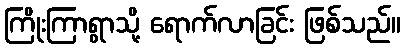
ကြိုးကြာရွာသို့ ရောက်လာခြင်း ဖြစ်သည်။